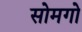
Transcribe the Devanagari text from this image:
सोमगो